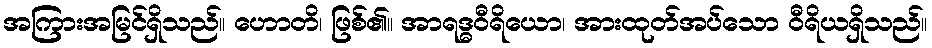
အကြားအမြင်ရှိသည်။ ဟောတိ၊ ဖြစ်၏။ အာရဒ္ဓဝီရိယော၊ အားထုတ်အပ်သော ဝီရိယရှိသည်။